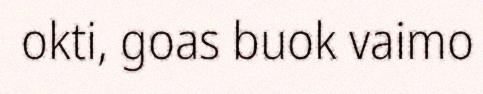
okti, goas buok vaimo